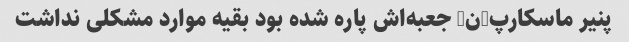
پنیر ماسکارپ-ن- جعبه‌اش پاره شده بود بقیه موارد مشکلی نداشت